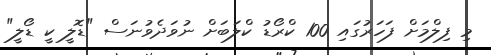
މި ފިލްމަށް ފަހަރުގައި 100 ކްރޯޑު ކްލަބަށް ނުވަދެވުނަސް "ޑޮލީ ކީ ޑޯލީ"